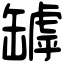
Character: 罅